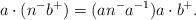
LaTeX: \begin{align*}a\cdot (n^- b^+)=(a n^- a^{-1})a\cdot b^+.\end{align*}